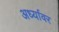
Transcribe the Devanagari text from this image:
अर्ध्यावर